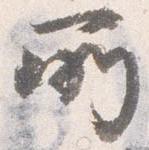
所